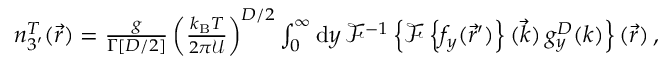
\begin{array} { r } { n _ { 3 ^ { \prime } } ^ { T } ( \vec { r } ) = \frac { g } { \Gamma [ D / 2 ] } \left( \frac { k _ { \mathrm { B } } T } { 2 \pi { \mathcal U } } \right) ^ { D / 2 } \int _ { 0 } ^ { \infty } \mathrm { d } y \, \mathcal { F } ^ { - 1 } \left\{ \mathcal { F } \left\{ f _ { y } ( \vec { r } ^ { \prime } ) \right\} ( \vec { k } ) \, g _ { y } ^ { D } ( k ) \right\} ( \vec { r } ) \, , } \end{array}